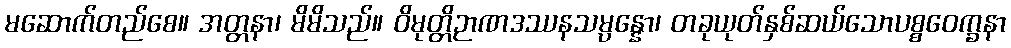
မဆောက်တည်စေ။ အတ္တနာ၊ မိမိသည်။ ဝိမုတ္တိဉာဏဒဿနသမ္ပန္နော၊ တခုယုတ်နှစ်ဆယ်သောပစ္စဝေက္ခနာ